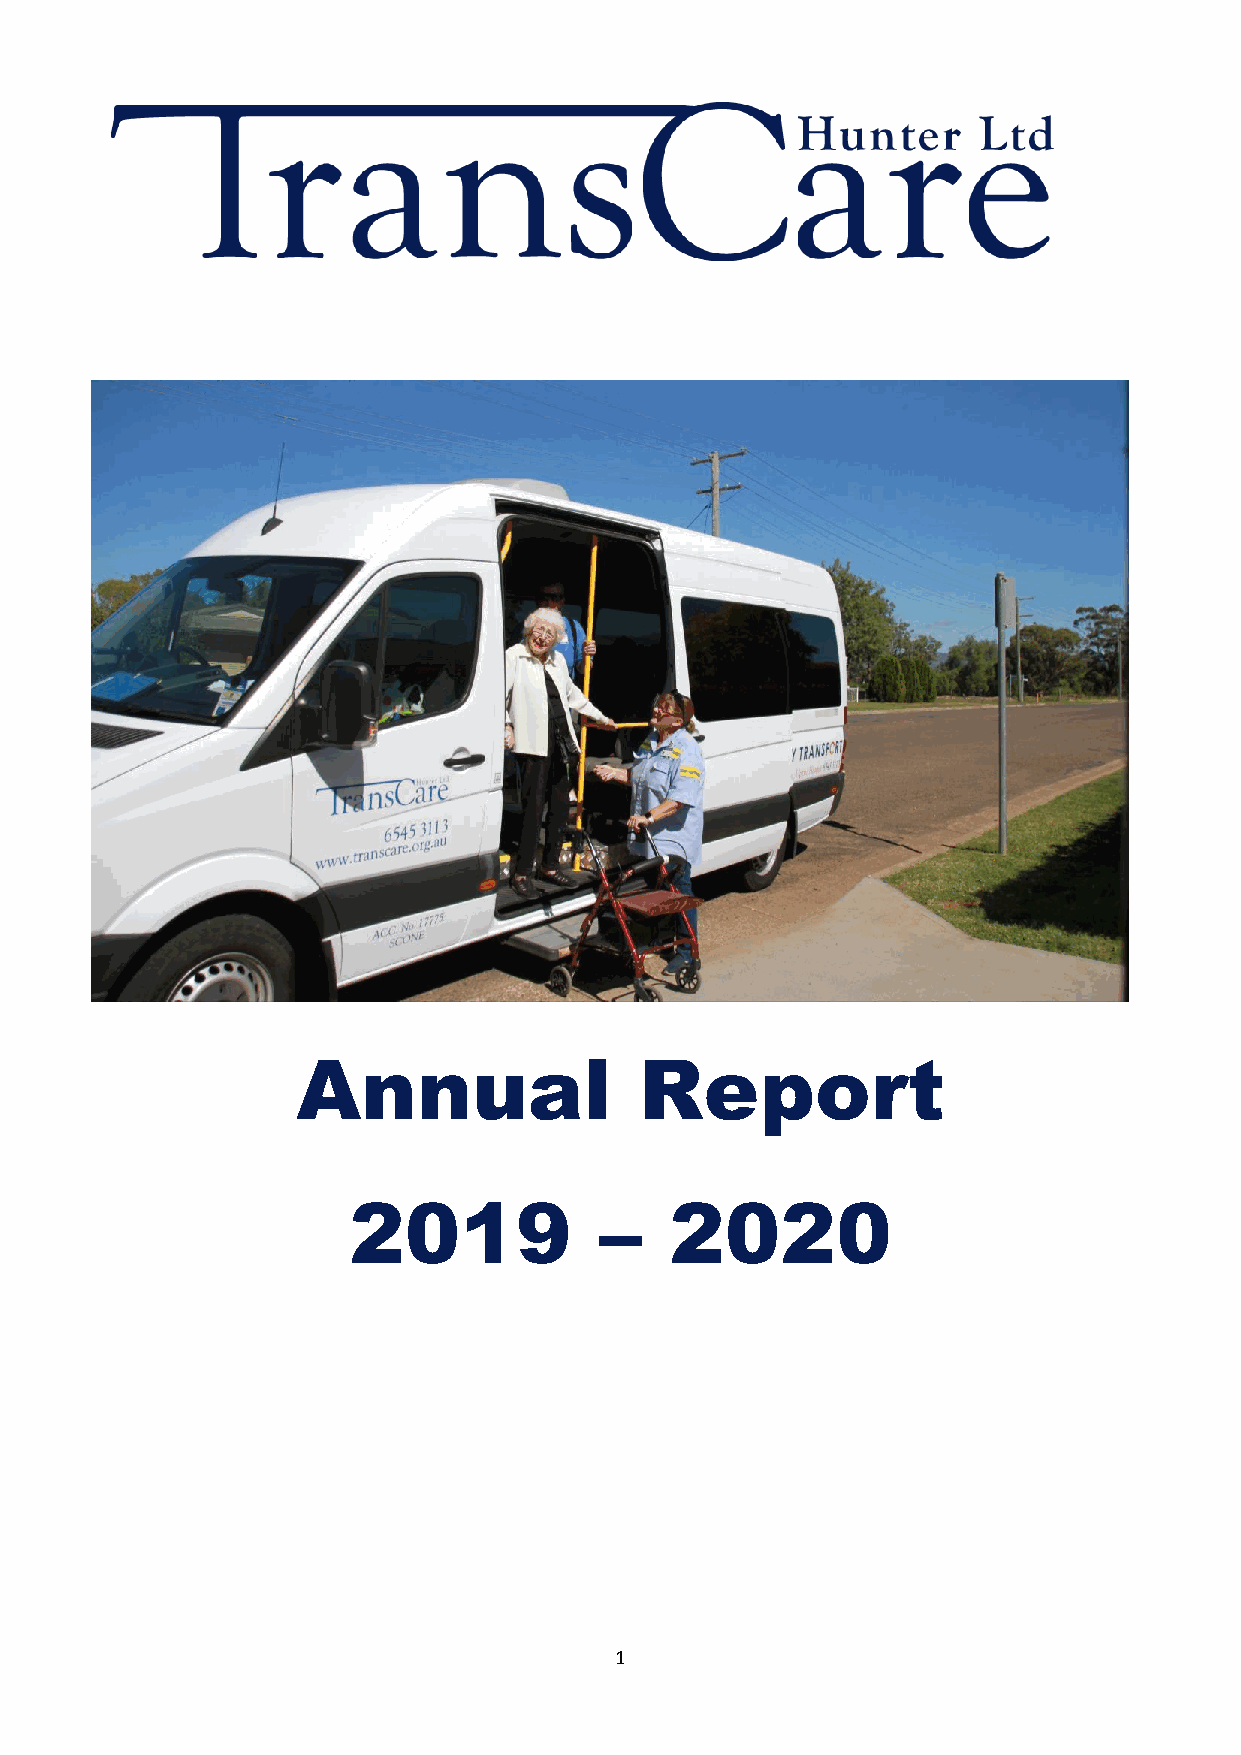
Annual                Report
 2019             –   2020
 1